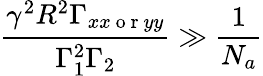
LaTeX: \frac{\gamma^{2}R^{2}\Gamma_{xx\mathrm{~o~r~}yy}}{\Gamma_{1}^{2}\Gamma_{2}}\gg\frac{1}{N_{a}}